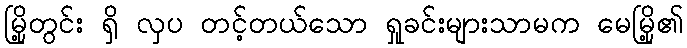
မြို့တွင်း ရှိ လှပ တင့်တယ်သော ရှုခင်းများသာမက မေမြို့၏